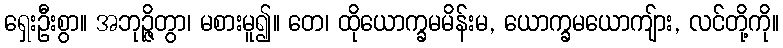
ရှေးဦးစွာ။ အဘုဉ္ဇိတွာ၊ မစားမူ၍။ တေ၊ ထိုယောက္ခမမိန်းမ, ယောက္ခမယောကျ်ား, လင်တို့ကို။